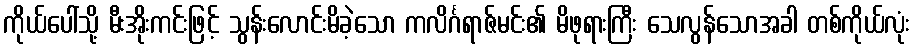
ကိုယ်ပေါ်သို့ မီးအိုးကင်းဖြင့် သွန်းလောင်းမိခဲ့သော ကလိင်္ဂရာဇ်မင်း၏ မိဖုရားကြီး သေလွန်သောအခါ တစ်ကိုယ်လုံး